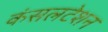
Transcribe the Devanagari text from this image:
कंसलटेशन